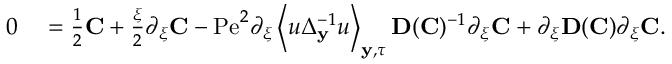
\begin{array} { r l } { 0 } & { { } = \frac { 1 } { 2 } \mathbf { C } + \frac { \xi } { 2 } \partial _ { \xi } \mathbf { C } - \mathrm { P e } ^ { 2 } \partial _ { \xi } \left\langle u \Delta _ { \mathbf { y } } ^ { - 1 } u \right\rangle _ { \mathbf { y } , \tau } \mathbf { D } ( \mathbf { C } ) ^ { - 1 } \partial _ { \xi } \mathbf { C } + \partial _ { \xi } \mathbf { D } ( \mathbf { C } ) \partial _ { \xi } \mathbf { C } . } \end{array}